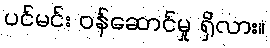
ပင်မင်း ဝန်ဆောင်မှု ရှိလား။